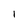
Character: 1